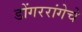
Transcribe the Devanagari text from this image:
डोंगररांगेचे